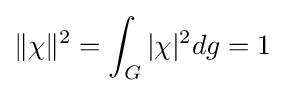
\|\chi \|^{2}=\int _{G}|\chi |^{2}dg=1